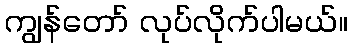
ကျွန်တော် လုပ်လိုက်ပါမယ်။